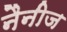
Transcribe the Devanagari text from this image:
नैनीज